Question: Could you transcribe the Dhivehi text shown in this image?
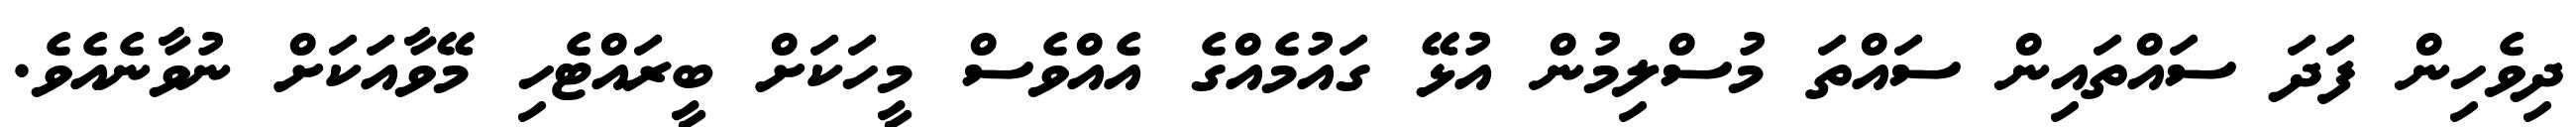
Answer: ދިވެހިން ފަދަ ސައްތައިން ސައްތަ މުސްލިމުން އުޅޭ ގައުމެއްގެ އެއްވެސް މީހަކަށް ބީރައްޓެހި މޭވާއަކަށް ނުވާނެއެވެ.